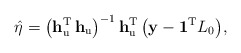
\begin{align*}\hat{\eta}=\bigl(\mathbf{h}_{\mathrm{u}}^{\mathrm{T}}\,\mathbf{h}_{\mathrm{u}}\bigr)^{-1}\,\mathbf{h}_{\mathrm{u}}^{\mathrm{T}}\,\bigl(\mathbf{y}-\mathbf{1}^{\mathrm{T}}L_{0}\bigr),\end{align*}